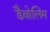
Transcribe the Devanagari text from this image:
डैबोलिम